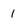
Character: 1